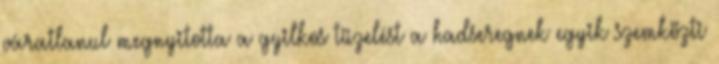
váratlanul megnyitotta a gyilkos tüzelést a hadseregnek egyik szemközti